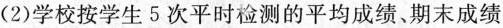
(2)学校按学生5次平时检测的平均成绩、期末成绩